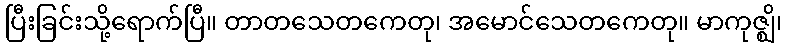
ပြီးခြင်းသို့ရောက်ပြီ။ တာတသေတကေတု၊ အမောင်သေတကေတု။ မာကုဇ္ဈိ၊